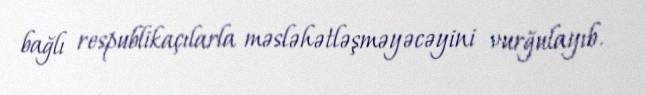
bağlı respublikaçılarla məsləhətləşməyəcəyini vurğulayıb.